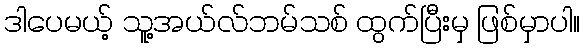
ဒါပေမယ့် သူ့အယ်လ်ဘမ်သစ် ထွက်ပြီးမှ ဖြစ်မှာပါ။